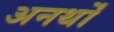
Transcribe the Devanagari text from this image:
अनर्थों